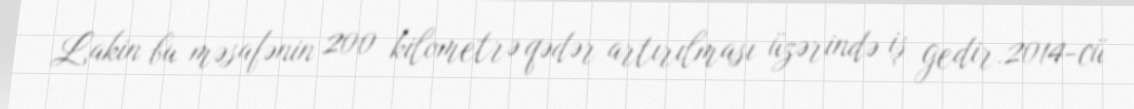
Lakin bu məsafənin 200 kilometrə qədər artırılması üzərində iş gedir.2014-cü